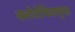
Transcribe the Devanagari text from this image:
क्लोरोफिलयुक्त